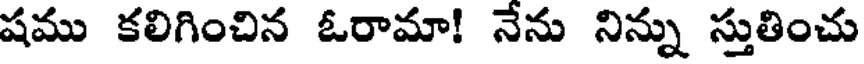
షము కలిగించిన ఓరామా! నేను నిన్ను స్తుతించు